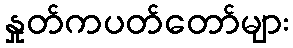
နှုတ်ကပတ်တော်များ